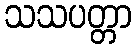
သသပတ္တာ